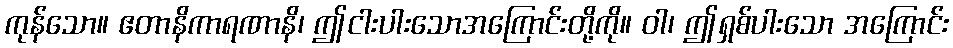
ကုန်သော။ ဧတာနိကာရဏာနိ၊ ဤငါးပါးသောအကြောင်းတို့ကို။ ဝါ၊ ဤရှစ်ပါးသော အကြောင်း